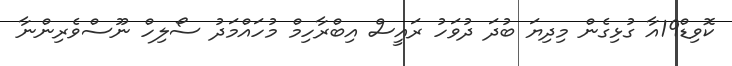
ކޮވިޑް19އާ ގުޅިގެން މިދިޔަ ބުދަ ދުވަހު ރައީސް އިބްރާހިމް މުހައްމަދު ސޯލިހް ނޫސްވެރިންނާ